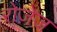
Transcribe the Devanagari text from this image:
रोज़ेज